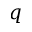
q